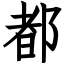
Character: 都